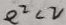
e ^ { 2 } < 2